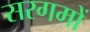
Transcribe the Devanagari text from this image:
सरगमों